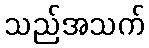
သည်အသက်